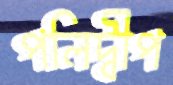
পলিদ্বীপ